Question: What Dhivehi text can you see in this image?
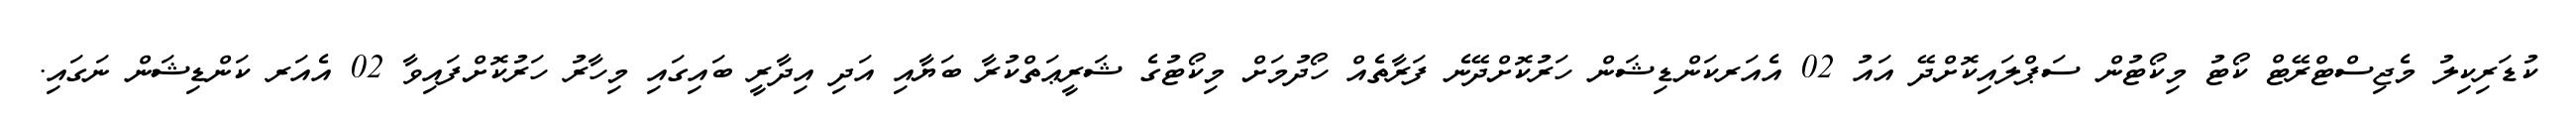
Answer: ކުޑަރިކިލު މެޖިސްޓްރޭޓް ކޯޓު މިކޯޓުން ސަޕްލައިކޮށްދޭ އައު 02 އެއަރކަންޑިޝަން ހަރުކޮށްދޭނެ ފަރާތެއް ހޯދުމަށް މިކޯޓުގެ ޝަރީޢަތްކުރާ ބަޔާއި އަދި އިދާރީ ބައިގައި މިހާރު ހަރުކޮށްފައިވާ 02 އެއަރ ކަންޑިޝަން ނަގައި.